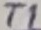
Text: T1